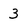
Character: 3